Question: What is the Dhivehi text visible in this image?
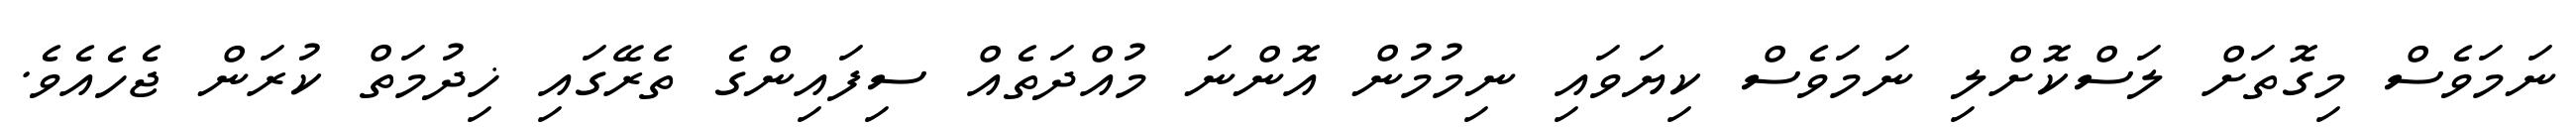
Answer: ނަމަވެސް މިގޮތަށް ލަސްކޮށްލި ނަމަވެސް ކިޔަވައި ނިމުމުން އޮންނަ މުއްދަތެއް ސިފައިންގެ ތެރޭގައި ޚިދުމަތް ކުރަން ޖެހެއެވެ.